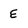
Character: E